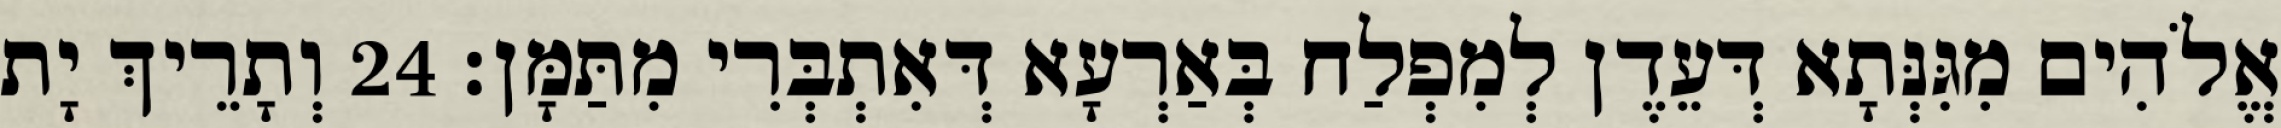
אֱלֹהִים מִגִּנְּתָא דְּעֵדֶן לְמִפְלַח בְּאַרְעָא דְּאִתְבְּרִי מִתַּמָּן׃ 24 וְתָרֵיךְ יָת